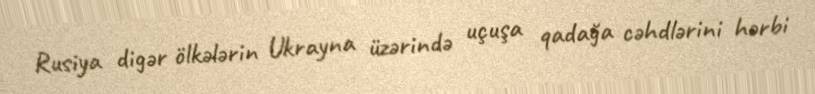
Rusiya digər ölkələrin Ukrayna üzərində uçuşa qadağa cəhdlərini hərbi